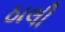
ઠાલી